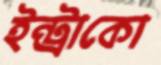
ইন্ট্রাকো